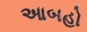
આબહો